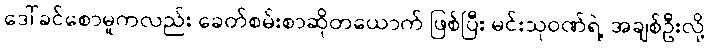
ဒေါ်ခင်စောမူကလည်း ခေတ်စမ်းစာဆိုတယောက် ဖြစ်ပြီး မင်းသုဝဏ်ရဲ့ အချစ်ဦးလို့